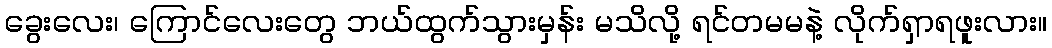
ခွေးလေး၊ ကြောင်လေးတွေ ဘယ်ထွက်သွားမှန်း မသိလို့ ရင်တမမနဲ့ လိုက်ရှာရဖူးလား။